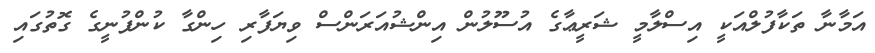
އަމާނާ ތަކާފުލްއަކީ އިސްލާމީ ޝަރީޢާގެ އުސޫލުން އިންޝުއަރަންސް ވިޔަފާރި ހިންގާ ކުންފުނީގެ ގޮތުގައި